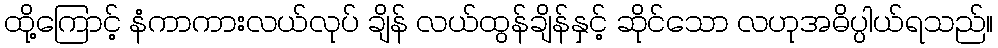
ထို့ကြောင့် နံကာကားလယ်လုပ် ချိန် လယ်ထွန်ချိန်နှင့် ဆိုင်သော လဟုအဓိပ္ပါယ်ရသည်။